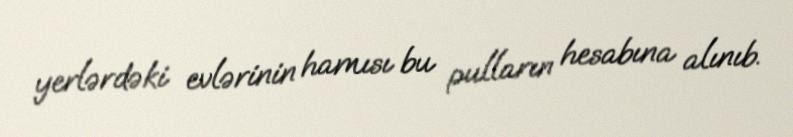
yerlərdəki evlərinin hamısı bu pulların hesabına alınıb.